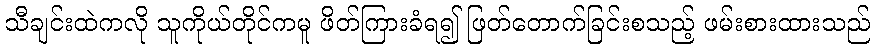
သီချင်းထဲကလို သူကိုယ်တိုင်ကမူ ဖိတ်ကြားခံရ၍ ဖြတ်တောက်ခြင်းစသည့် ဖမ်းစားထားသည်